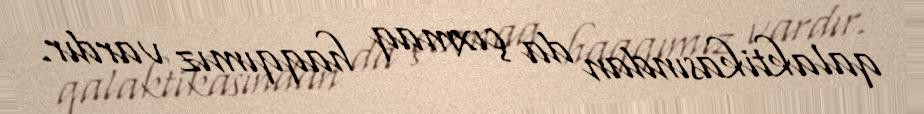
qalaktikasından da çıxmaq haqqımız vardır.